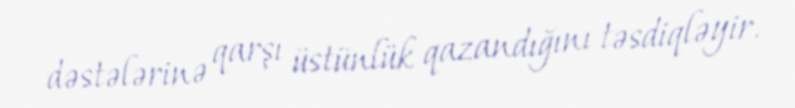
dəstələrinə qarşı üstünlük qazandığını təsdiqləyir.